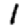
Digit: 1